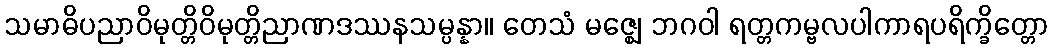
သမာဓိပညာဝိမုတ္တိဝိမုတ္တိညာဏဒဿနသမ္ပန္နာ။ တေသံ မဇ္ဈေ ဘဂဝါ ရတ္တကမ္ဗလပါကာရပရိက္ခိတ္တော